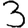
Digit: 3